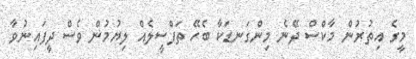
މީގެ އިތުރުން މާކްސް ދޭނެ މިންގަނޑަކާ ބެހޭ ތަފްސީލެއް ލިޔުމުން ވެސް ދީފައިނުވާ